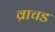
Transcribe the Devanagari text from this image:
व्राचड